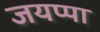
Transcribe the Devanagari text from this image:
जयप्पा